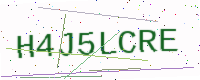
Text: H4J5LCRE